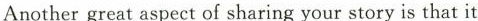
Anothergreat aspect of sharing your story is that it